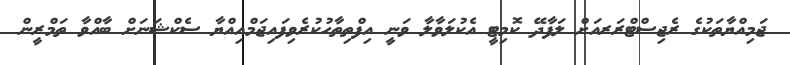
ޖަމިއްޔާތަކުގެ ރެޖިސްޓްރަރއަށް ލަފާދޭ ކޮމިޓީ އެކުލަވާލާ ވަނީ އިފްތިތާހުކުރެވިފައިޖަމްއިއްޔާ ސެކްޝަނަށް ބާއްވާ ތަމްރީން